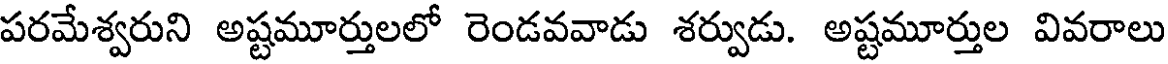
పరమేశ్వరుని అష్టమూర్తులలో రెండవవాడు శర్వుడు. అష్టమూర్తుల వివరాలు